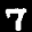
Label: 7